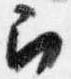
召